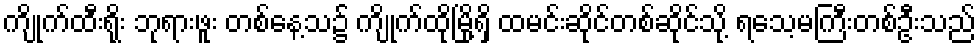
ကျိုက်ထီးရိုး ဘုရားဖူး တစ်နေ့သ၌ ကျိုက်ထိုမြို့ရှိ ထမင်းဆိုင်တစ်ဆိုင်သို့ ရသေ့မကြီးတစ်ဦးသည်